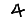
Digit: 4